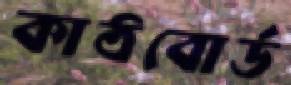
কাঠবোর্ড